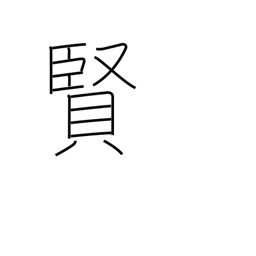
Meaning: wisdom